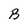
Character: B